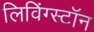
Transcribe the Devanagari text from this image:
लिविंग्स्टॉन